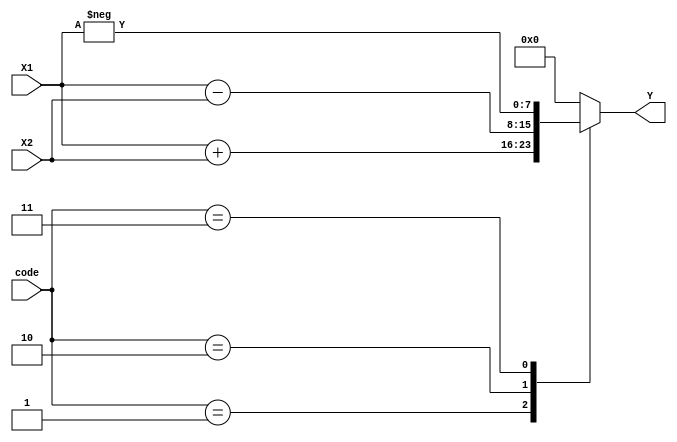
module alu #(parameter N = 8)(
	input wire [0:N - 1] X1, X2,
	input wire [0:1] code,
	output reg [0:N - 1] Y
);
	always @(*) begin
		case(code)
			2'b01:
				Y = X1 + X2;
			2'b10:
				Y = X1 - X2;
			2'b11:
				Y = -X1;
			default:
				Y = 0;
		endcase
	end
endmodule